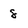
Character: 8